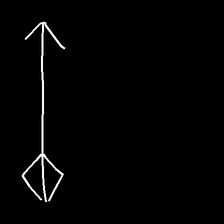
Glyph: focus